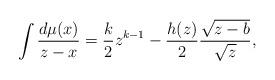
LaTeX: \begin{align*}\int \frac{d\mu(x)}{z-x} = \frac{k}{2}z^{k-1} - \frac{h(z)}{2} \frac{\sqrt{z-b}}{\sqrt{z}},\end{align*}